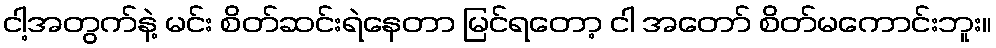
ငါ့အတွက်နဲ့ မင်း စိတ်ဆင်းရဲနေတာ မြင်ရတော့ ငါ အတော် စိတ်မကောင်းဘူး။